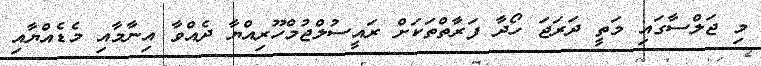
މި ޖަލްސާގައި މަތީ ދަރަޖަ ހޯދާ ފަރާތްތަކަށް ރައީސުލްޖުމްހޫރިއްޔާ ދެއްވާ އިނާމާއި މެޑެއްޔާއި